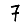
Digit: 7